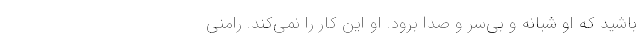
باشید که او شبانه و بی‌سر و صدا برود. او این کار را نمی‌کند. رامنی